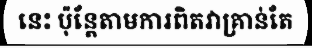
នេះ ប៉ុន្តែតាមការពិតវាគ្រាន់តែ